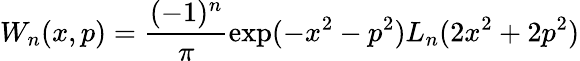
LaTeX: W_{n}(x,p)=\frac{(-1)^{n}}{\pi}\exp(-x^{2}-p^{2})L_{n}(2x^{2}+2p^{2})